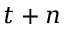
t + n